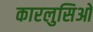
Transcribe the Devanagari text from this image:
कारलुसिओ